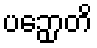
ပဉှောတိ